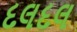
દલદલ